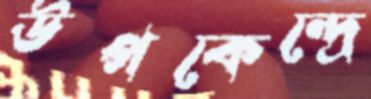
উপকেন্দ্রে